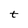
Character: t